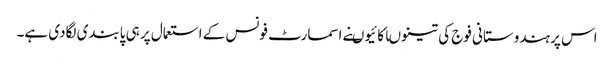
اس پر ہندوستانی فوج کی تینوںاکائیوںنے اسمارٹ فونس کے استعمال پر ہی پابندی لگادی ہے۔